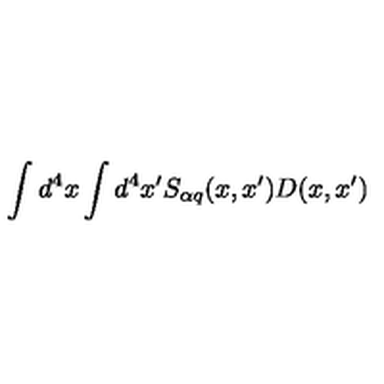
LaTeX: \int d ^ { 4 } x \int d ^ { 4 } x ^ { \prime } S _ { \alpha q } ( x , x ^ { \prime } ) D ( x , x ^ { \prime } )